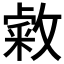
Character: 敹